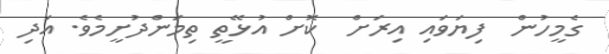
ގެމީހުން  ފިޔަވައި އިރަށް  ކޮށް އުޅޭތީ ތިމަންދުށީމެވެ. އަދި